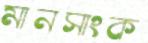
মানসাংক